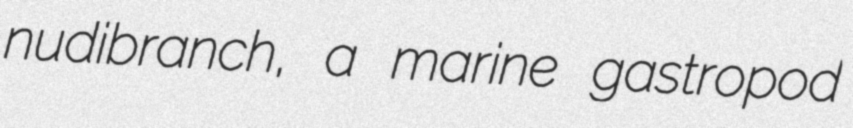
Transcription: nudibranch, a marine gastropod